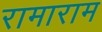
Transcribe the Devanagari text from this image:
रामाराम